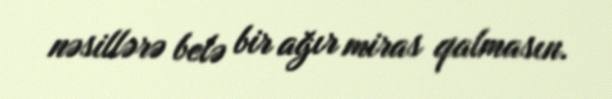
nəsillərə belə bir ağır miras qalmasın.